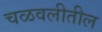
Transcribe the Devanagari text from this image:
चळवलीतील